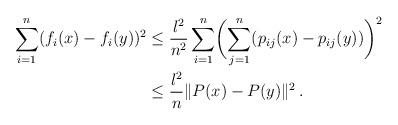
LaTeX: \begin{align*}\sum_{i=1}^n (f_i(x)-f_i(y))^2 &\le \frac{l^2}{n^2} \sum_{i=1}^n \biggl(\sum_{j=1}^n (p_{ij}(x)-p_{ij}(y))\biggr)^2\\&\le \frac{l^2}{n}\|P(x)-P(y)\|^2_{}\, .\end{align*}